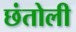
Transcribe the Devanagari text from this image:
छंतोली